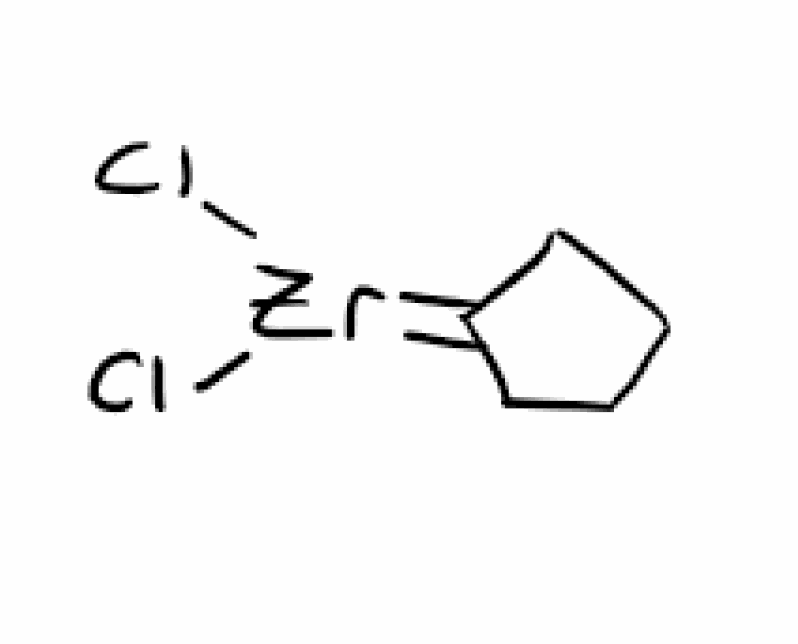
Simplified molecular-input line-entry system (SMILES) notation of the given molecule:
C1CCC(=[Zr](Cl)Cl)C1